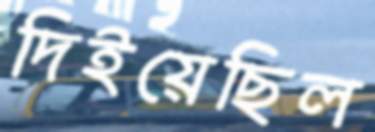
দিইয়েছিল